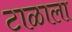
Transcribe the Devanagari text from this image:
टाळाला